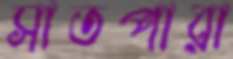
সাতপারা